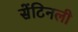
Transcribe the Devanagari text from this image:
सेंटिनली